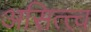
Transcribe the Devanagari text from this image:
असित्त्व